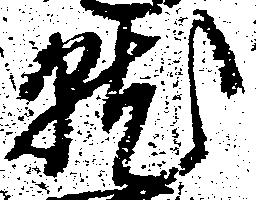
就